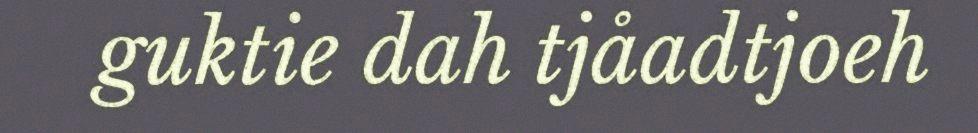
guktie dah tjåadtjoeh